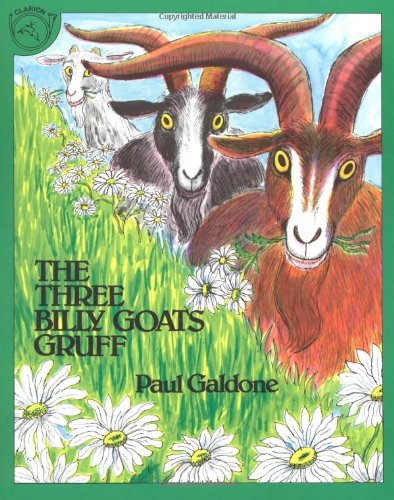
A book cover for The Three Billy Goats Gruff (Paul Galdone Classics); Paul Galdone; Science Fiction & Fantasy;